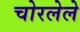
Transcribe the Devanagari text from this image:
चोरलेले